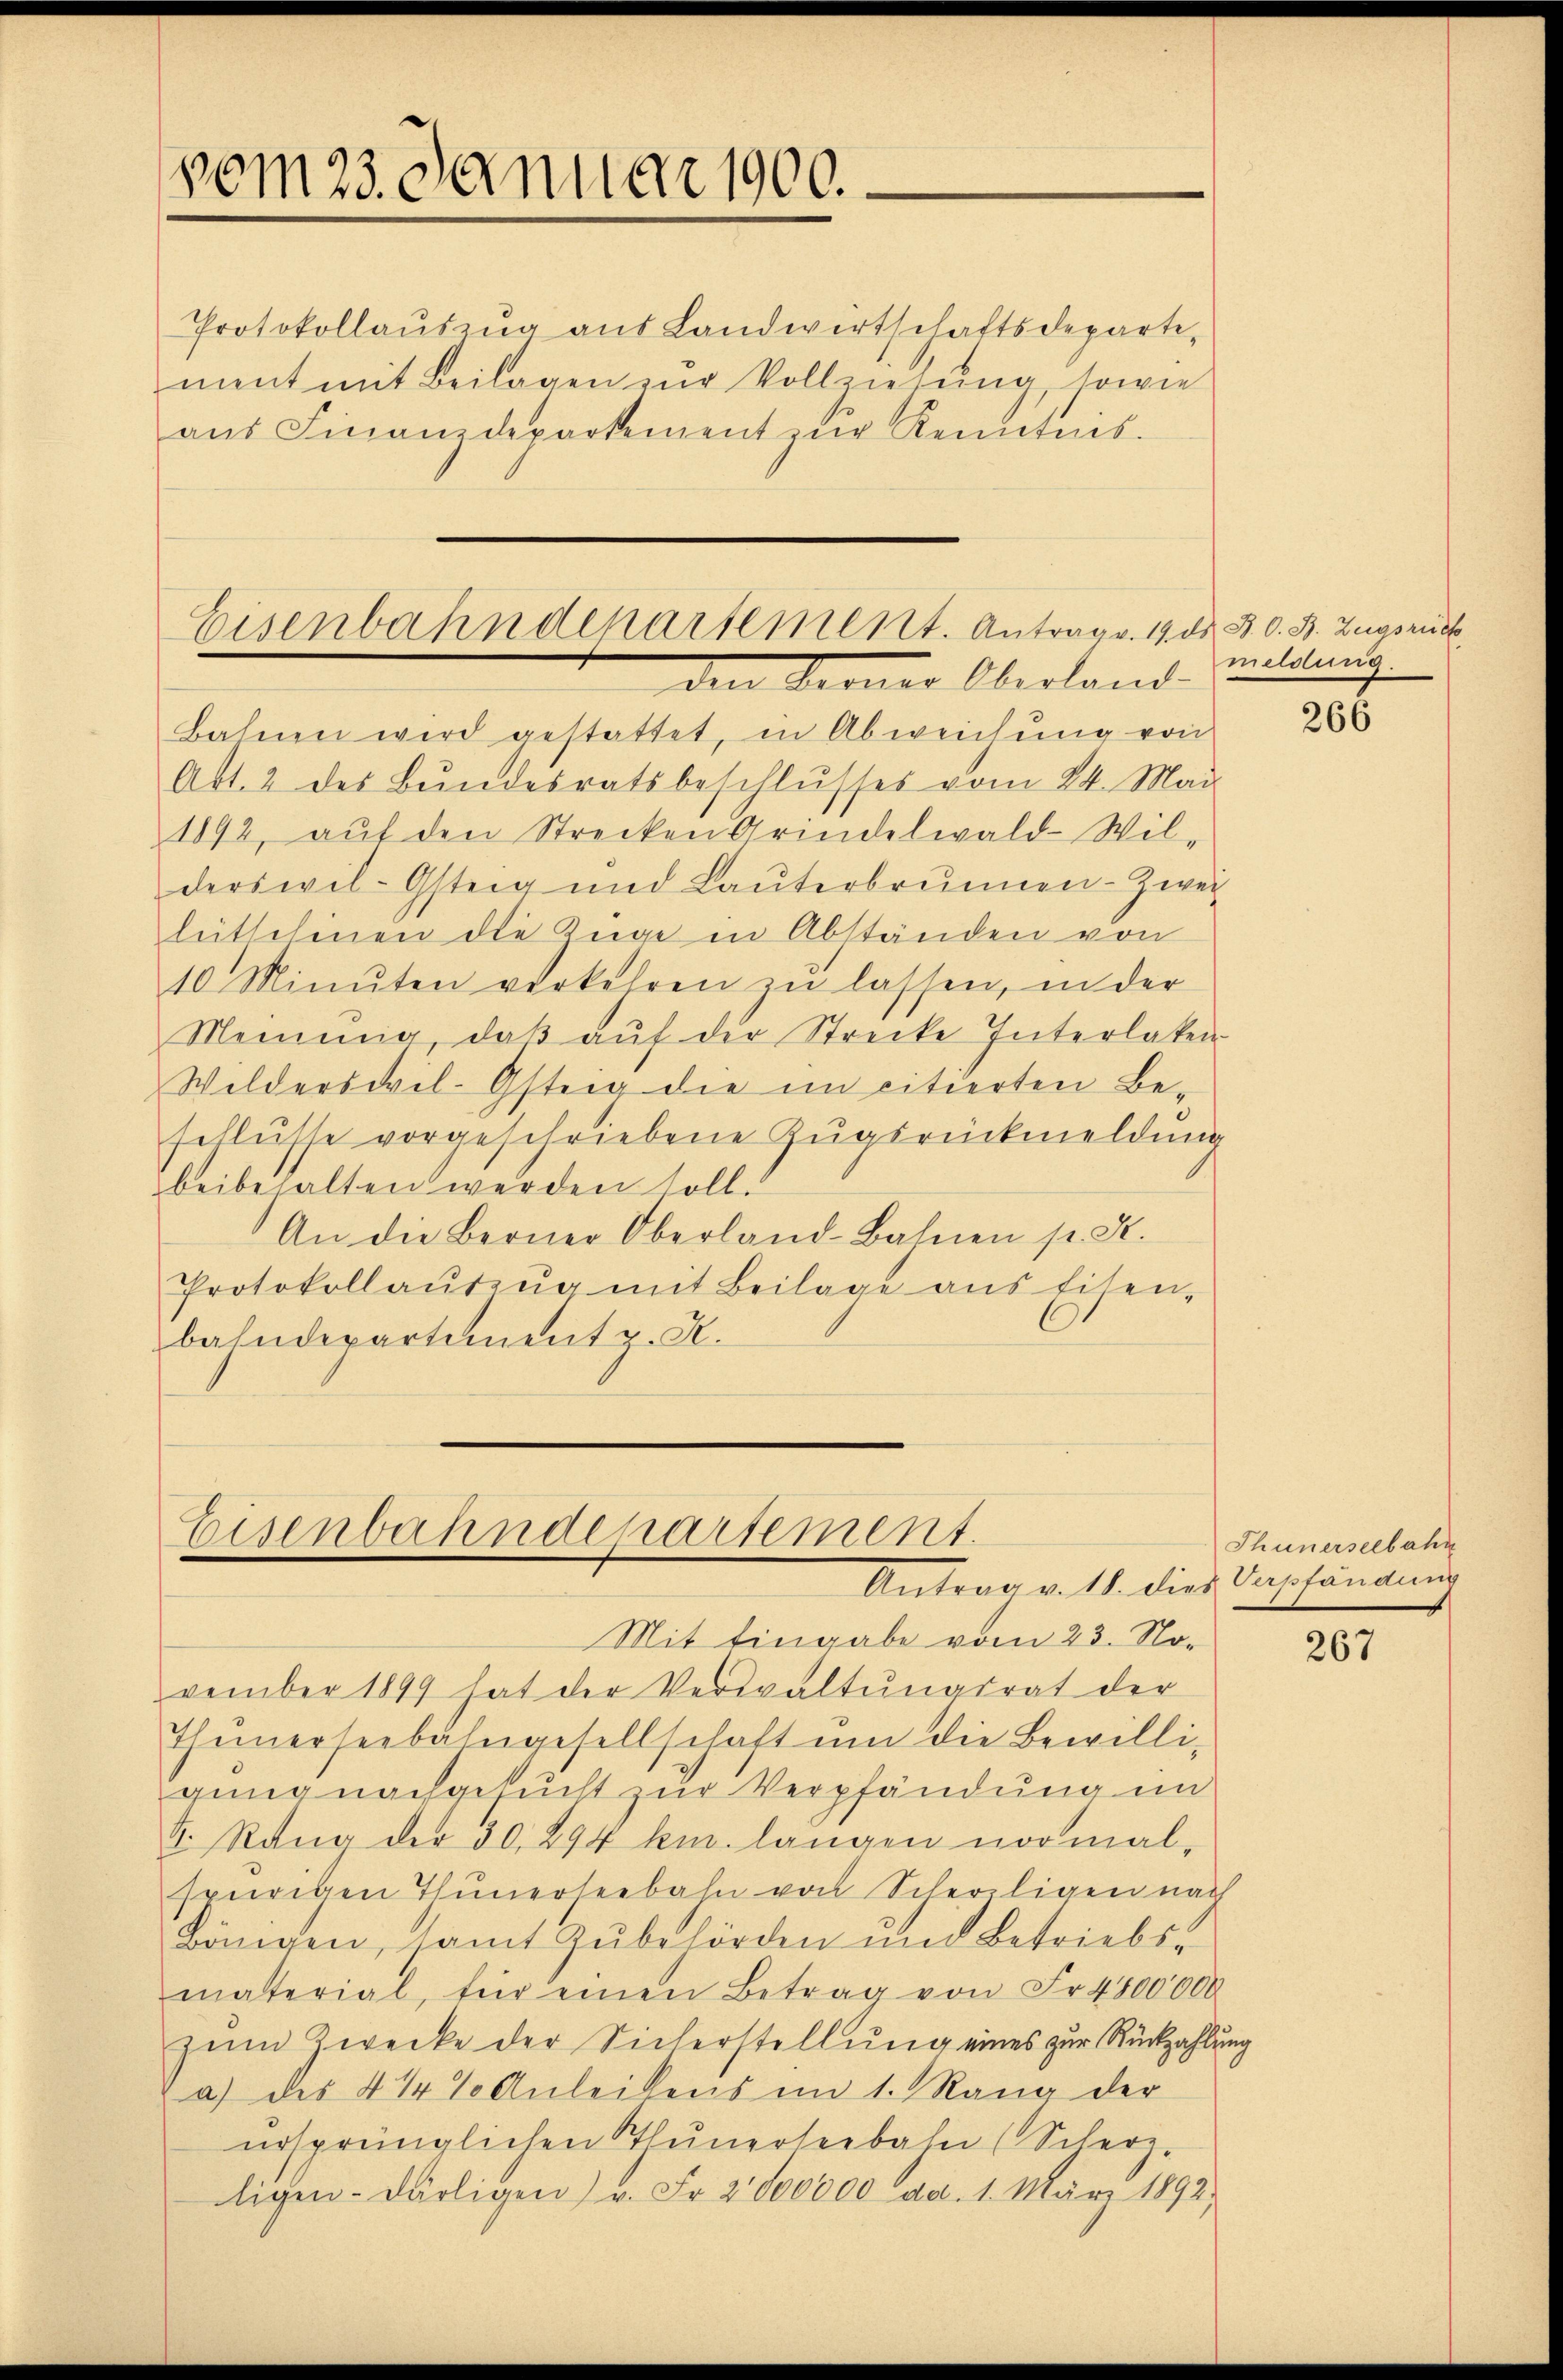
vom 23. Januar 1900.

Protokollaŭszŭg aŭs Landwirtschaftsdeparti-
ment mit Beilagen zur Vollziehung, sowie
aŭs Finanzdepartement zur Kenntnis.

Eisenbahndepartement. Antrag v. 19. ds B. O. B. Zugsrück
den Krones Oberland

Bahnen wird gestattet, in Abweichung von
Abt. 2 des Bundesratsbeschlusses vom 24. Mai
1892, aŭf den Strecken Grindelwald-Wil-
derswil-Gsteig und Laŭterbrunnen-Zwei
lütschinen die Züge in Abständen von
10 Minuten verkehren zŭ lassen, in der
Meinŭng, daβ aŭf der Strecke Interlaken
Wilderswil-Gsteig die im citierten Beschlusse vorgeschriebene Zugsrückmeldung
beibehalten werden soll.
An die Berner Oberland-Bahnen pr. St.
Protokollaŭtzŭg mit Beilage aus Eisen-
bahndepartement z. K.

Eisenbahndepartement.

Antrag v. 18. dies Verpfändung

vember 1899 hat der Verwaltŭngsrat der
Thunerseebahngesellschaft um die Bewilli-
gung nachgesucht zur Verpfändung im
4. Rang der 30. 294 km. langen normal-
spurigen Thunerseebahn von Scherligen nach
Bönigen, samt Zubehörden und Betriebsmaterial, für einen Betrag von Fr. 4800000
zŭm Zwecke der Sicherstellung eines zur Rückzahlung
a) des 4 1/4 % Anleitens im 1. Rang der
ursprünglichen Thunerseebahn (Scherz-
ligen-Därligen) u. Fr. 2000000 an. 1. März 1892,

Mit Eingabe vom 23. No¬

meldung.

206

Thünerseebahn

267